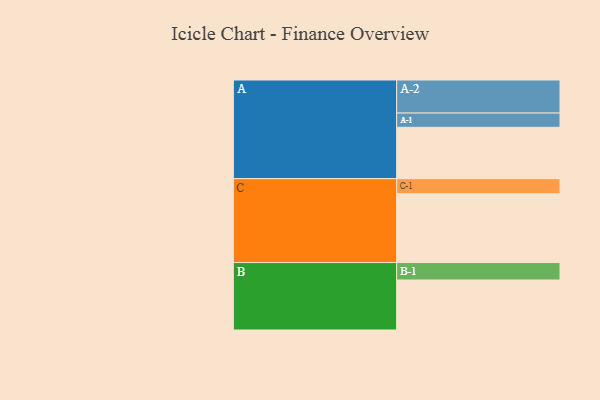
{"axis": {"x": "Segment", "y": "Value"}, "legend": ["", "A", "B", "C"], "data": [{"x": "A", "y": 309, "type": ""}, {"x": "B", "y": 301, "type": ""}, {"x": "C", "y": 414, "type": ""}, {"x": "A-1", "y": 86, "type": "A"}, {"x": "A-2", "y": 199, "type": "A"}, {"x": "B-1", "y": 105, "type": "B"}, {"x": "C-1", "y": 91, "type": "C"}]}